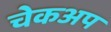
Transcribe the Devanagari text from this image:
चेकअप